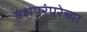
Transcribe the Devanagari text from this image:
वंशपरंपरेच्या